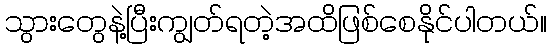
သွားတွေနဲ့ပြီးကျွတ်ရတဲ့အထိဖြစ်စေနိုင်ပါတယ်။